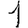
Digit: 1